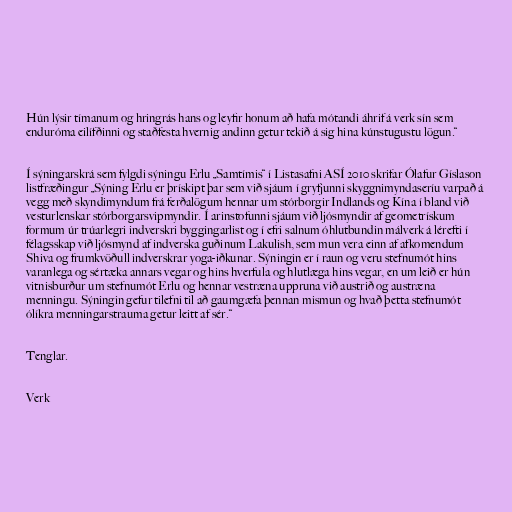
Hún lýsir tímanum og hringrás hans og leyfir honum að hafa mótandi áhrif á verk sín sem
enduróma eilífðinni og staðfesta hvernig andinn getur tekið á sig hina kúnstugustu lögun.“

Í sýningarskrá sem fylgdi sýningu Erlu „Samtímis“ í Listasafni ASÍ 2010 skrifar Ólafur Gíslason
listfræðingur „Sýning Erlu er þrískipt þar sem við sjáum í gryfjunni skyggnimyndaseríu varpað á
vegg með skyndimyndum frá ferðalögum hennar um stórborgir Indlands og Kína í bland við
vesturlenskar stórborgarsvipmyndir. Í arinstofunni sjáum við ljósmyndir af geometrískum
formum úr trúarlegri indverskri byggingarlist og í efri salnum óhlutbundin málverk á lérefti í
félagsskap við ljósmynd af indverska guðinum Lakulish, sem mun vera einn af afkomendum
Shiva og frumkvöðull indverskrar yoga-iðkunar. Sýningin er í raun og veru stefnumót hins
varanlega og sértæka annars vegar og hins hverfula og hlutlæga hins vegar, en um leið er hún
vitnisburður um stefnumót Erlu og hennar vestræna uppruna við austrið og austræna
menningu. Sýningin gefur tilefni til að gaumgæfa þennan mismun og hvað þetta stefnumót
ólíkra menningarstrauma getur leitt af sér.“

Tenglar.

Verk